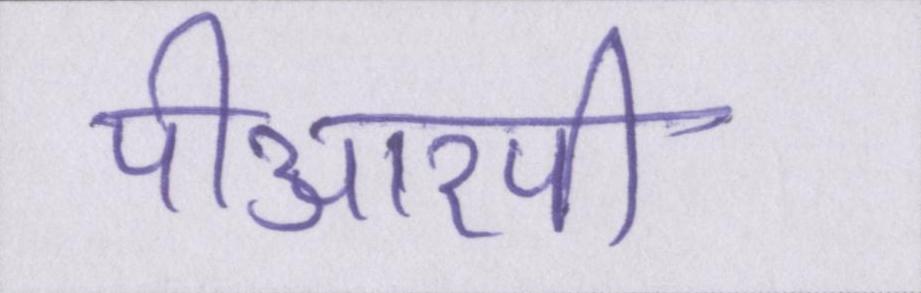
पीआरपी